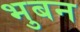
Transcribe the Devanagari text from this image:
भुबन